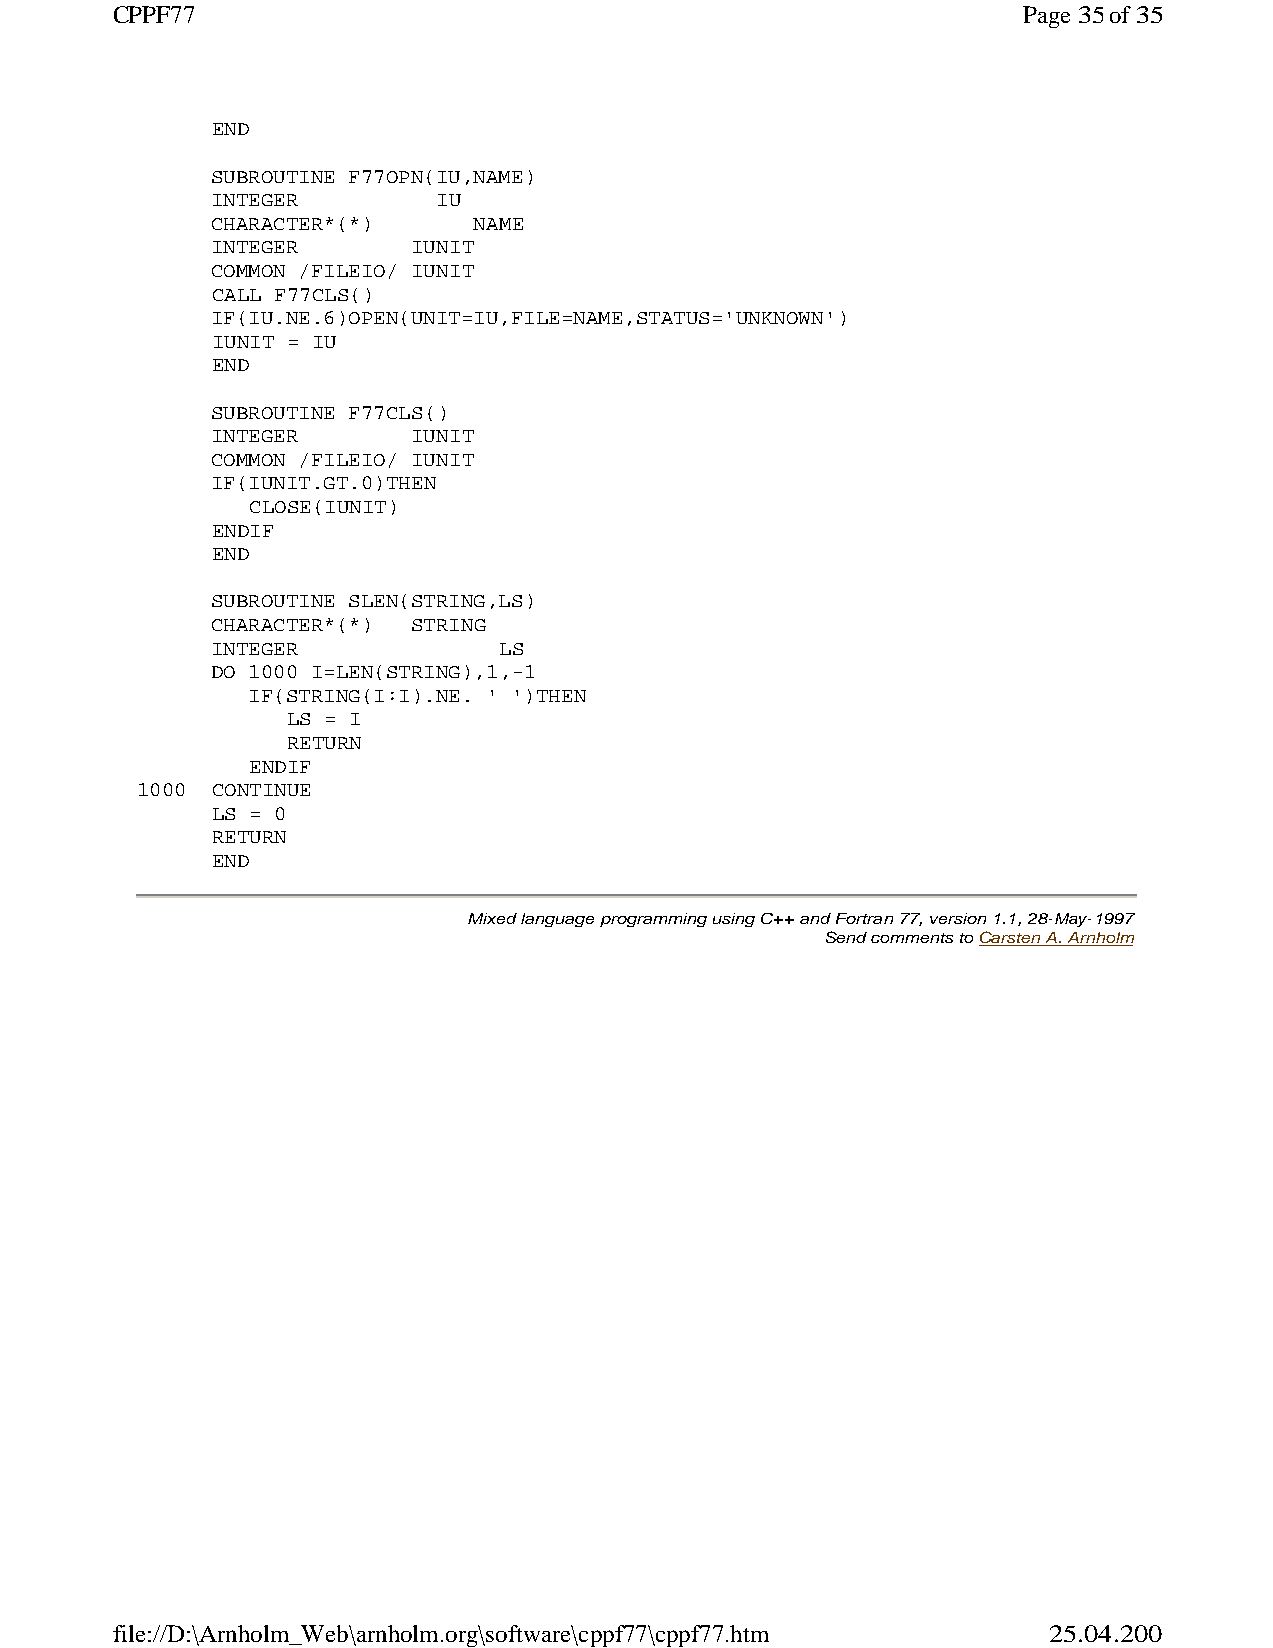
CPPF77                                                       Page 35 of 35
 END
 SUBROUTINE F77OPN(IU,NAME)
 INTEGER        IU
 CHARACTER*(*)    NAME
 INTEGER      IUNIT
 COMMON /FILEIO/ IUNIT
 CALL F77CLS()
 IF(IU.NE.6)OPEN(UNIT=IU,FILE=NAME,STATUS='UNKNOWN')
 IUNIT = IU
 END
 SUBROUTINE F77CLS()
 INTEGER      IUNIT
 COMMON /FILEIO/ IUNIT
 IF(IUNIT.GT.0)THEN
 CLOSE(IUNIT)
 ENDIF
 END
 SUBROUTINE SLEN(STRING,LS)
 CHARACTER*(*) STRING
 INTEGER            LS
 DO 1000 I=LEN(STRING),1,-1
 IF(STRING(I:I).NE. ' ')THEN
 LS = I
 RETURN
 ENDIF
 1000 CONTINUE
 LS = 0
 RETURN
 END
 Mixed language programming using C++ and Fortran 77, version 1.1, 28-May-1997
 Send comments to Carsten A. Arnholm
 file://D:\Arnholm_Web\arnholm.org\software\cppf77\cppf77.htm  25.04.2005